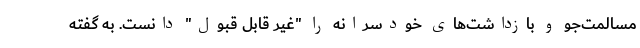
مسالمت‌جو و بازداشت‌های خودسرانه را "غیر قابل قبول" دانست. به گفته